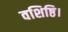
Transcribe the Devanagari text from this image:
वशिष्ठि।